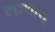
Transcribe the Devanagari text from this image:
ल्फ़्थांस्